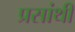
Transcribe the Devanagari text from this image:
प्रसांथी